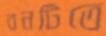
বনটিতে